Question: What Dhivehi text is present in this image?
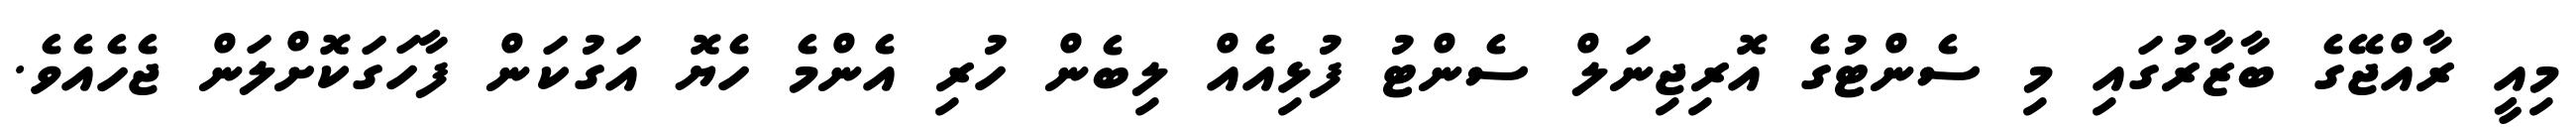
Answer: މިއީ ރާއްޖޭގެ ބާޒާރުގައި މި ސެންޓުގެ އޮރިޖިނަލް ސެންޓު ފުޅިއެއް ލިބެން ހުރި އެންމެ ހެޔޮ އަގުކަން ފާހަގަކޮށްލަން ޖެހެއެވެ.